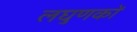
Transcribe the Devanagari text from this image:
लघुणकों